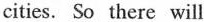
cities. So there will